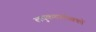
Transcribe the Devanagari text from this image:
लघुकथालेखकों